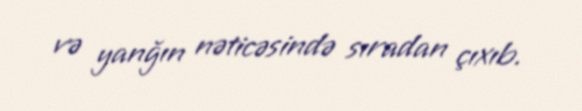
və yanğın nəticəsində sıradan çıxıb.